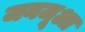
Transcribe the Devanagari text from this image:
जनजूआ